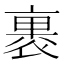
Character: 裹